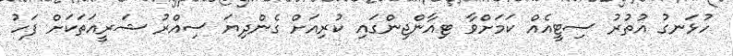
ހުޅަނގު އުތުރު ސިޓީއެއް ކަމަށްވާ ޓިއާންޖިންގައި ކުރިއަށް ގެންދިޔަ ސިއްރު ޝަރީއަތަކަށް ފަހު